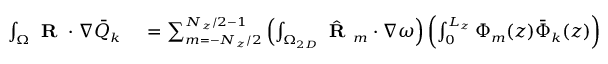
\small \begin{array} { r l } { \int _ { \Omega } \textbf { R } \cdot \nabla \bar { Q } _ { k } } & { { } = \sum _ { m = - N _ { z } / 2 } ^ { N _ { z } / 2 - 1 } \left( \int _ { \Omega _ { 2 D } } \hat { \textbf { R } } _ { m } \cdot \nabla \omega \right) \left( \int _ { 0 } ^ { L _ { z } } \Phi _ { m } ( z ) \bar { \Phi } _ { k } ( z ) \right) } \end{array}